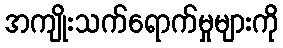
အကျိုးသက်ရောက်မှုများကို